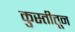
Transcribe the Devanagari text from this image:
कुस्तीतून